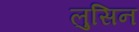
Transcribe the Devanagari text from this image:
लुसिन